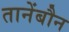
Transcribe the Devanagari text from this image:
तानेंबौन